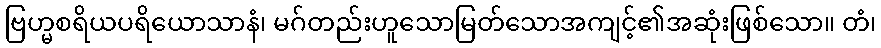
ဗြဟ္မစရိယပရိယောသာနံ၊ မဂ်တည်းဟူသောမြတ်သောအကျင့်၏အဆုံးဖြစ်သော။ တံ၊